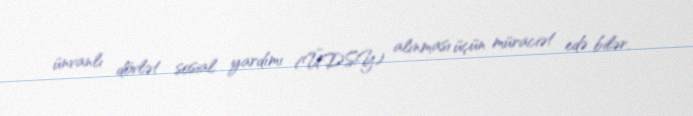
ünvanlı dövlət sosial yardımı (ÜDSY) alınması üçün müraciət edə bilər.